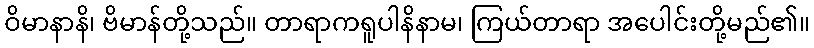
ဝိမာနာနိ၊ ဗိမာန်တို့သည်။ တာရာကရူပါနိနာမ၊ ကြယ်တာရာ အပေါင်းတို့မည်၏။